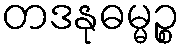
တဒနုဓမ္မဉ္စ